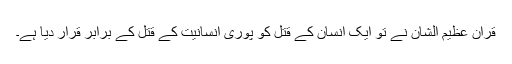
قرآن عظیم الشان نے تو ایک انسان کے قتل کو پوری انسانیت کے قتل کے برابر قرار دیا ہے۔